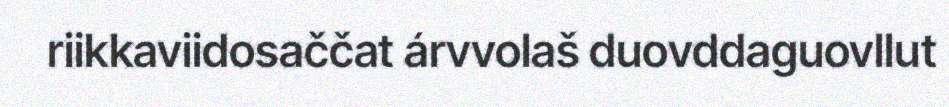
riikkaviidosaččat árvvolaš duovddaguovllut